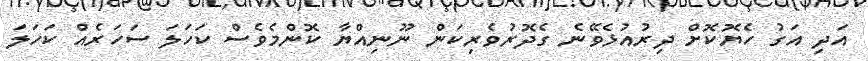
އަދި އަގު ހެޔޮކޮށް ދިރުއުޅެވޭނެ ގެދޮރުވެރިކަން ނޫނިއްޔާ ކޮންމެވެސް ކަހަލަ ސަހަރެއް ކަހަލަ